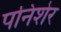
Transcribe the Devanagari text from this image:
पनिशेर